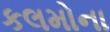
કલમોના